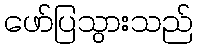
ဖော်ပြသွားသည်